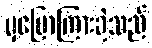
မှပြောကြားခဲ့သည်